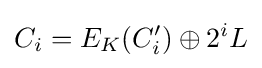
C_{i}=E_{K}(C'_{i})\oplus 2^{i}L